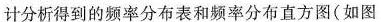
计分析得到的频率分布表和频率分布直方图(如图